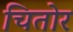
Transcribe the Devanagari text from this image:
चितोर